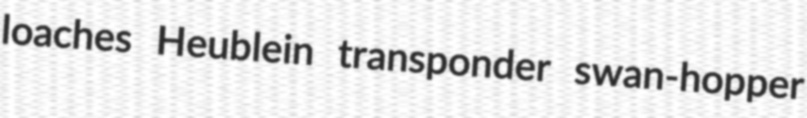
loaches Heublein transponder swan-hopper